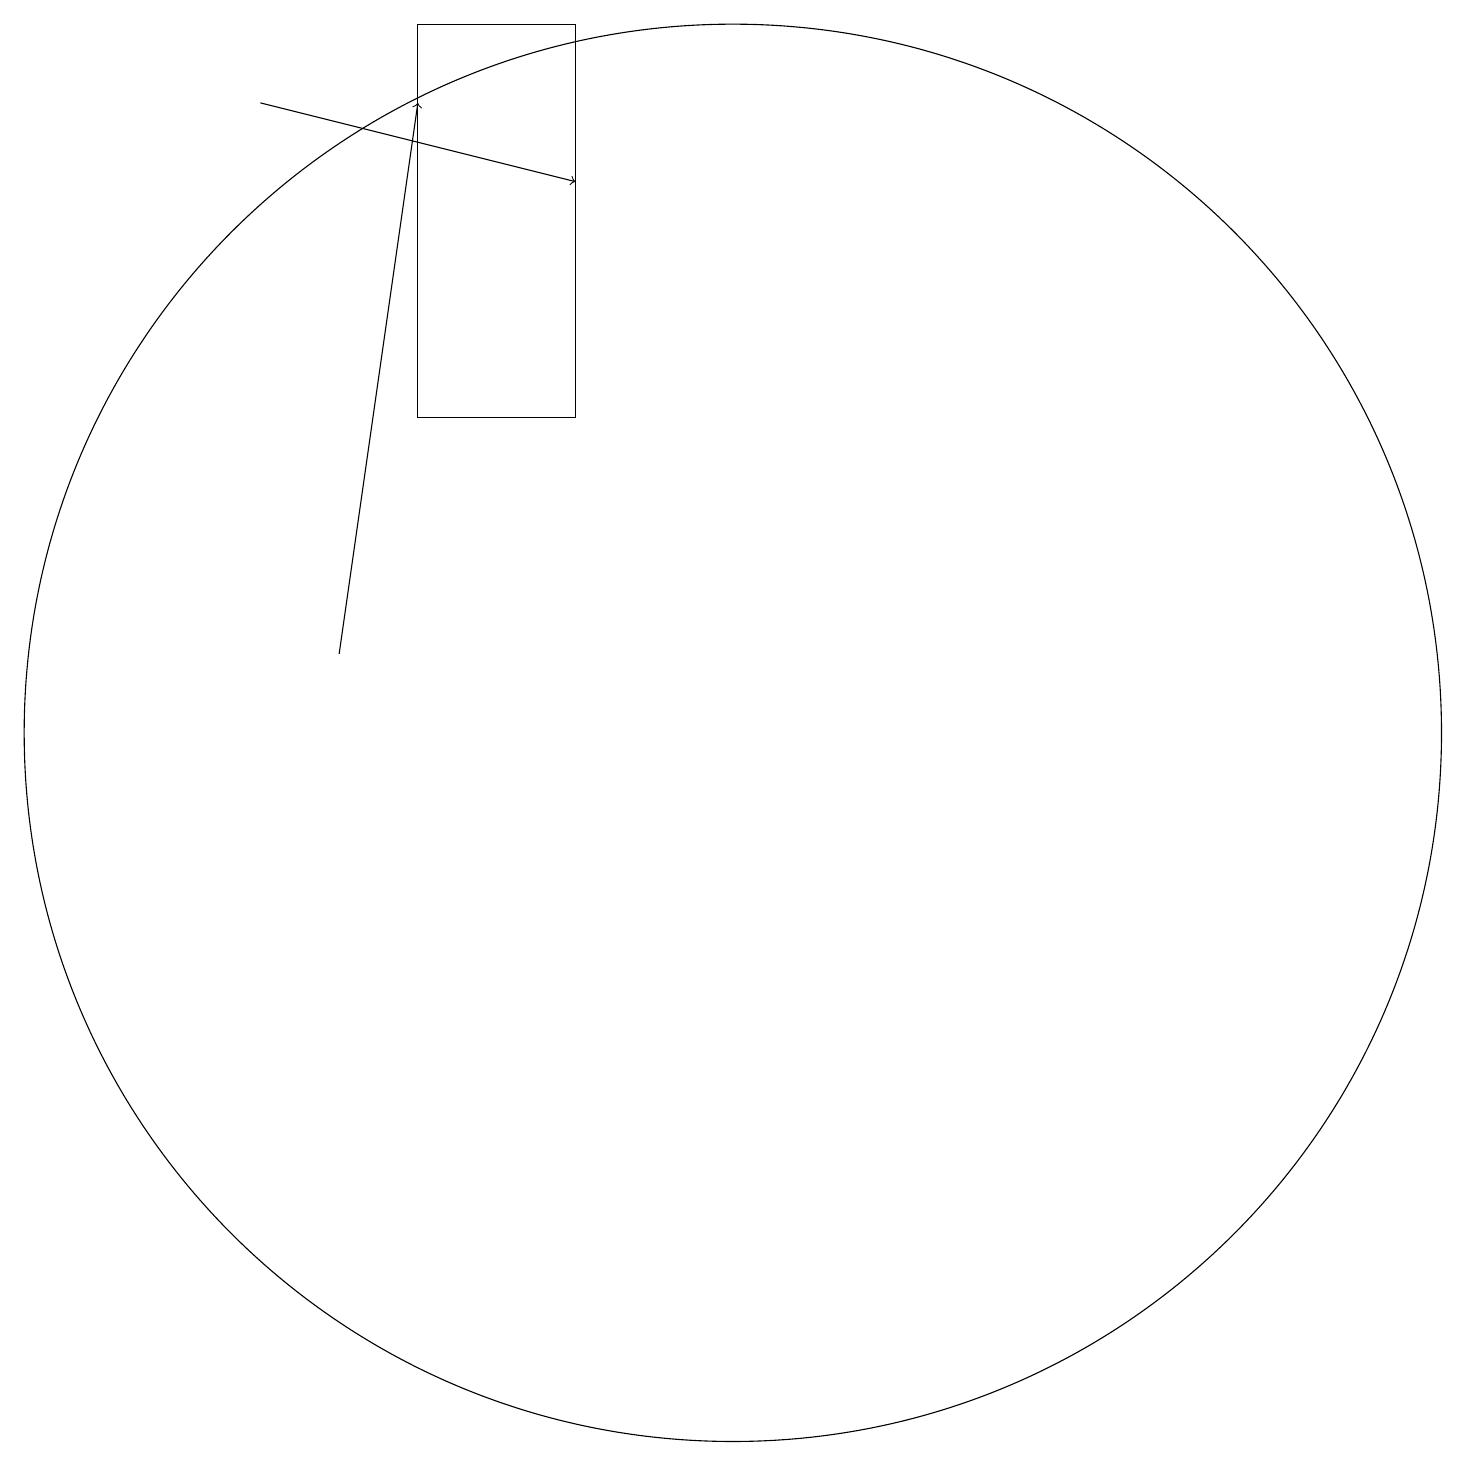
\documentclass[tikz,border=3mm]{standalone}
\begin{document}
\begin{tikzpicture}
\draw[->] (6,11) -- (7,18);
\draw (11,10) circle (0);
\draw (11,10) circle (9);
\draw (7,14) rectangle (9,19);
\draw[->] (5,18) -- (9,17);
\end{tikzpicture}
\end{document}